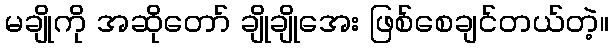
မချိုကို အဆိုတော် ချိုချိုအေး ဖြစ်စေချင်တယ်တဲ့။